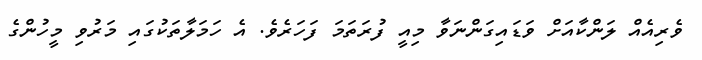
ވެރިއެއް ލަންކާއަށް ވަޑައިގަންނަވާ މިއީ ފުރަތަމަ ފަހަރެވެ. އެ ހަމަލާތަކުގައި މަރުވި މީހުންގެ